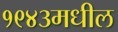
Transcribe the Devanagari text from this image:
१९४३मधील